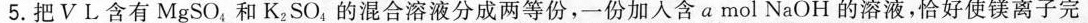
5.把VL含有MgSO_{4}，和K_{2}SO_{4}的混合溶液分成两等份，一份加入含a mol NaOH的溶液，恰好使镁离子完